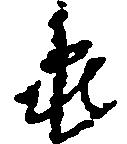
亀